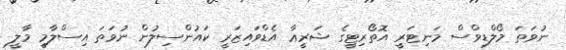
ނުވަތަ މޯލްޑިވްސް މަނިޓަރީ އޮތޯރިޓީގެ ޝަރީޢާ އެޑްވައިޒަރީ ކައުންސިލުން ނުވަތަ އިސްލާމީ މާލީ